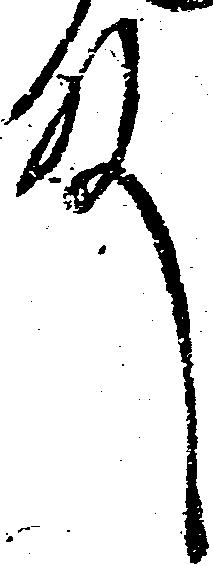
殿